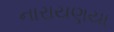
નારાયણયા